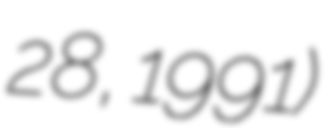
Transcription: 28, 1991)